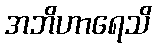
အဘိဟာရေသိ